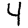
Digit: 4